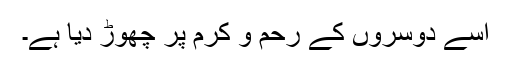
اسے دوسروں کے رحم و کرم پر چھوڑ دیا ہے۔